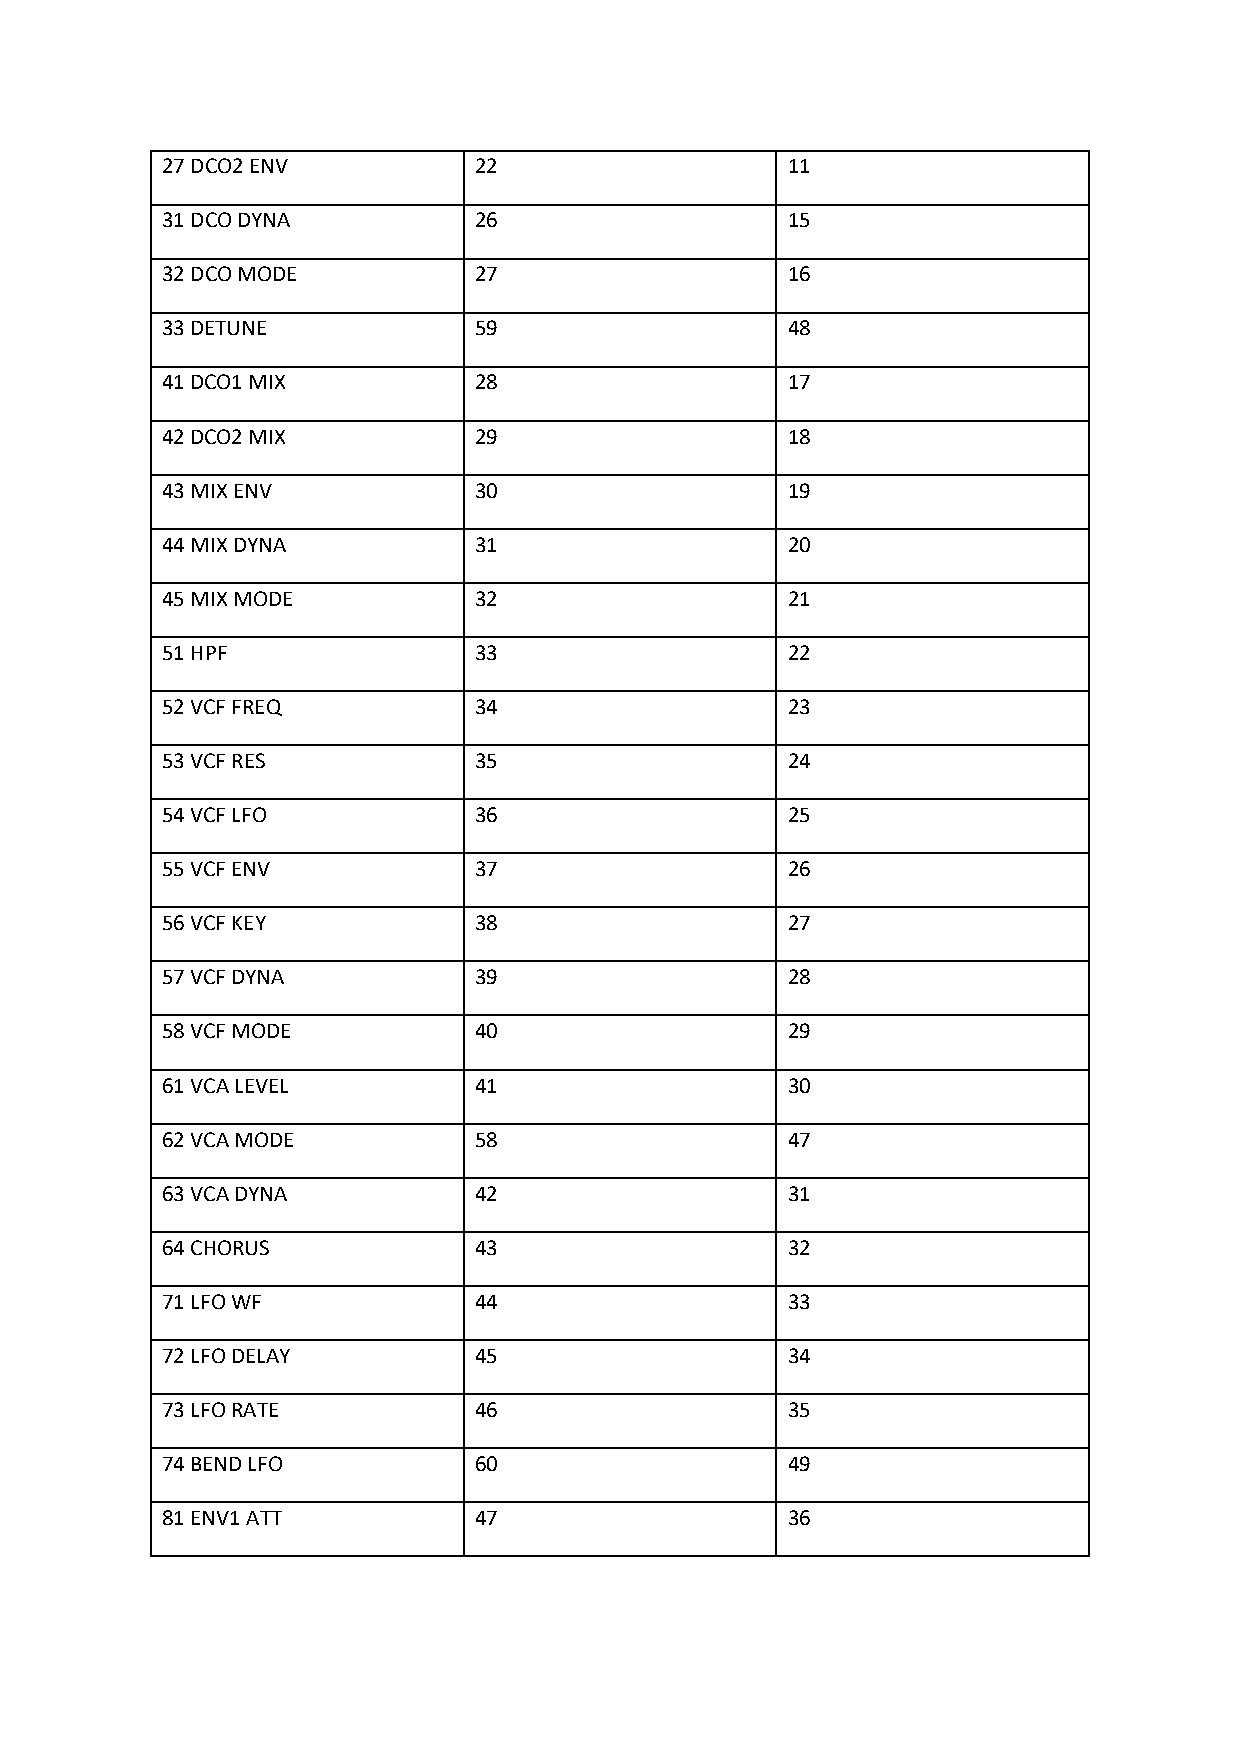
27 DCO2 ENV         22                   11
 31 DCO DYNA         26                   15
 32 DCO MODE         27                   16
 33 DETUNE           59                   48
 41 DCO1 MIX         28                   17
 42 DCO2 MIX         29                   18
 43 MIX ENV          30                   19
 44 MIX DYNA         31                   20
 45 MIX MODE         32                   21
 51 HPF              33                   22
 52 VCF FREQ         34                   23
 53 VCF RES          35                   24
 54 VCF LFO          36                   25
 55 VCF ENV          37                   26
 56 VCF KEY          38                   27
 57 VCF DYNA         39                   28
 58 VCF MODE         40                   29
 61 VCA LEVEL        41                   30
 62 VCA MODE         58                   47
 63 VCA DYNA         42                   31
 64 CHORUS           43                   32
 71 LFO WF           44                   33
 72 LFO DELAY        45                   34
 73 LFO RATE         46                   35
 74 BEND LFO         60                   49
 81 ENV1 ATT         47                   36